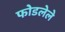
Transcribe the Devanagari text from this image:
फोडलेले